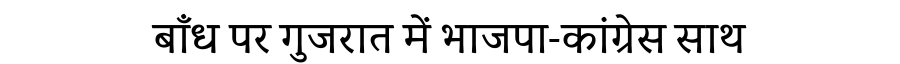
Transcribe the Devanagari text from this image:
बाँध पर गुजरात में भाजपा-कांग्रेस साथ